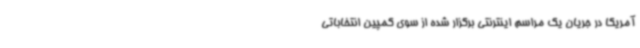
آمریکا در جریان یک مراسم اینترنتی برگزار شده از سوی کمپین انتخاباتی